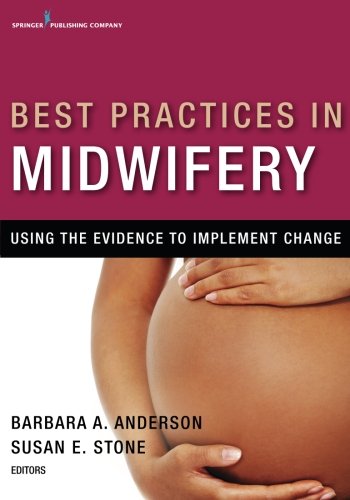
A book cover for Best Practices in Midwifery: Using the Evidence to Implement Change; Medical Books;